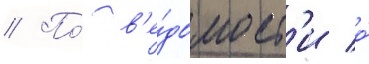
// По́ в'е́домост'и о́